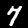
Label: 7